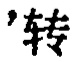
`'转'转`